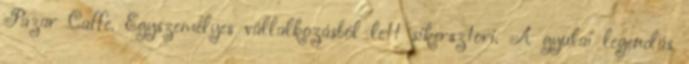
Pazar Caffe. Egyszemélyes vállalkozásból lett sikersztori. A gyulai legendás